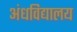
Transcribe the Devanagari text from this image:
अंधविद्यालय